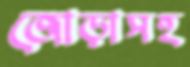
জোড়াসহ